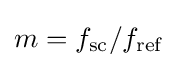
m=f_{\text{sc}}/f_{\text{ref}}